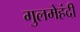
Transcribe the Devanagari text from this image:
गुलमेहंदी